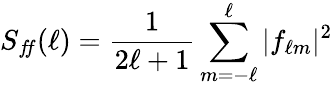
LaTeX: S_{f\! f}(\ell)={\frac{1}{2\ell+1}}\sum_{m=-\ell}^{\ell}|f_{\ell m}|^{2}